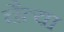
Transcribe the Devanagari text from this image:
चैत्या